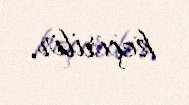
keçirilir.